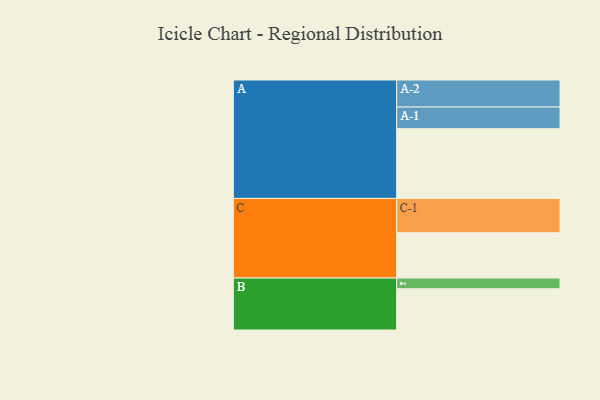
{"axis": {"x": "Segment", "y": "Value"}, "legend": ["", "A", "B", "C"], "data": [{"x": "A", "y": 534, "type": ""}, {"x": "B", "y": 316, "type": ""}, {"x": "C", "y": 347, "type": ""}, {"x": "A-1", "y": 166, "type": "A"}, {"x": "A-2", "y": 207, "type": "A"}, {"x": "B-1", "y": 82, "type": "B"}, {"x": "C-1", "y": 263, "type": "C"}]}